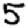
Digit: 5